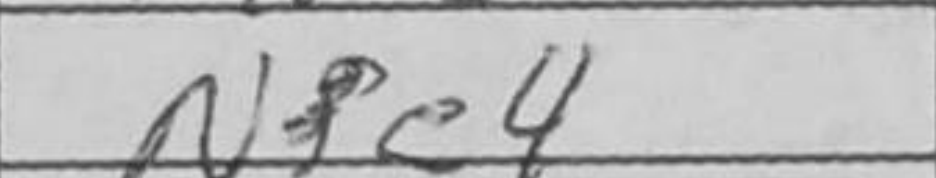
Transcription: Ne4